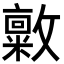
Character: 𪯜